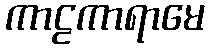
ကာဠကာရာမေ